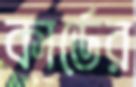
কার্ডের